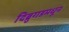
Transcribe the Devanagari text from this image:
दिब्रुगडमधून